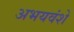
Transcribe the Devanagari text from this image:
अभयवंशे